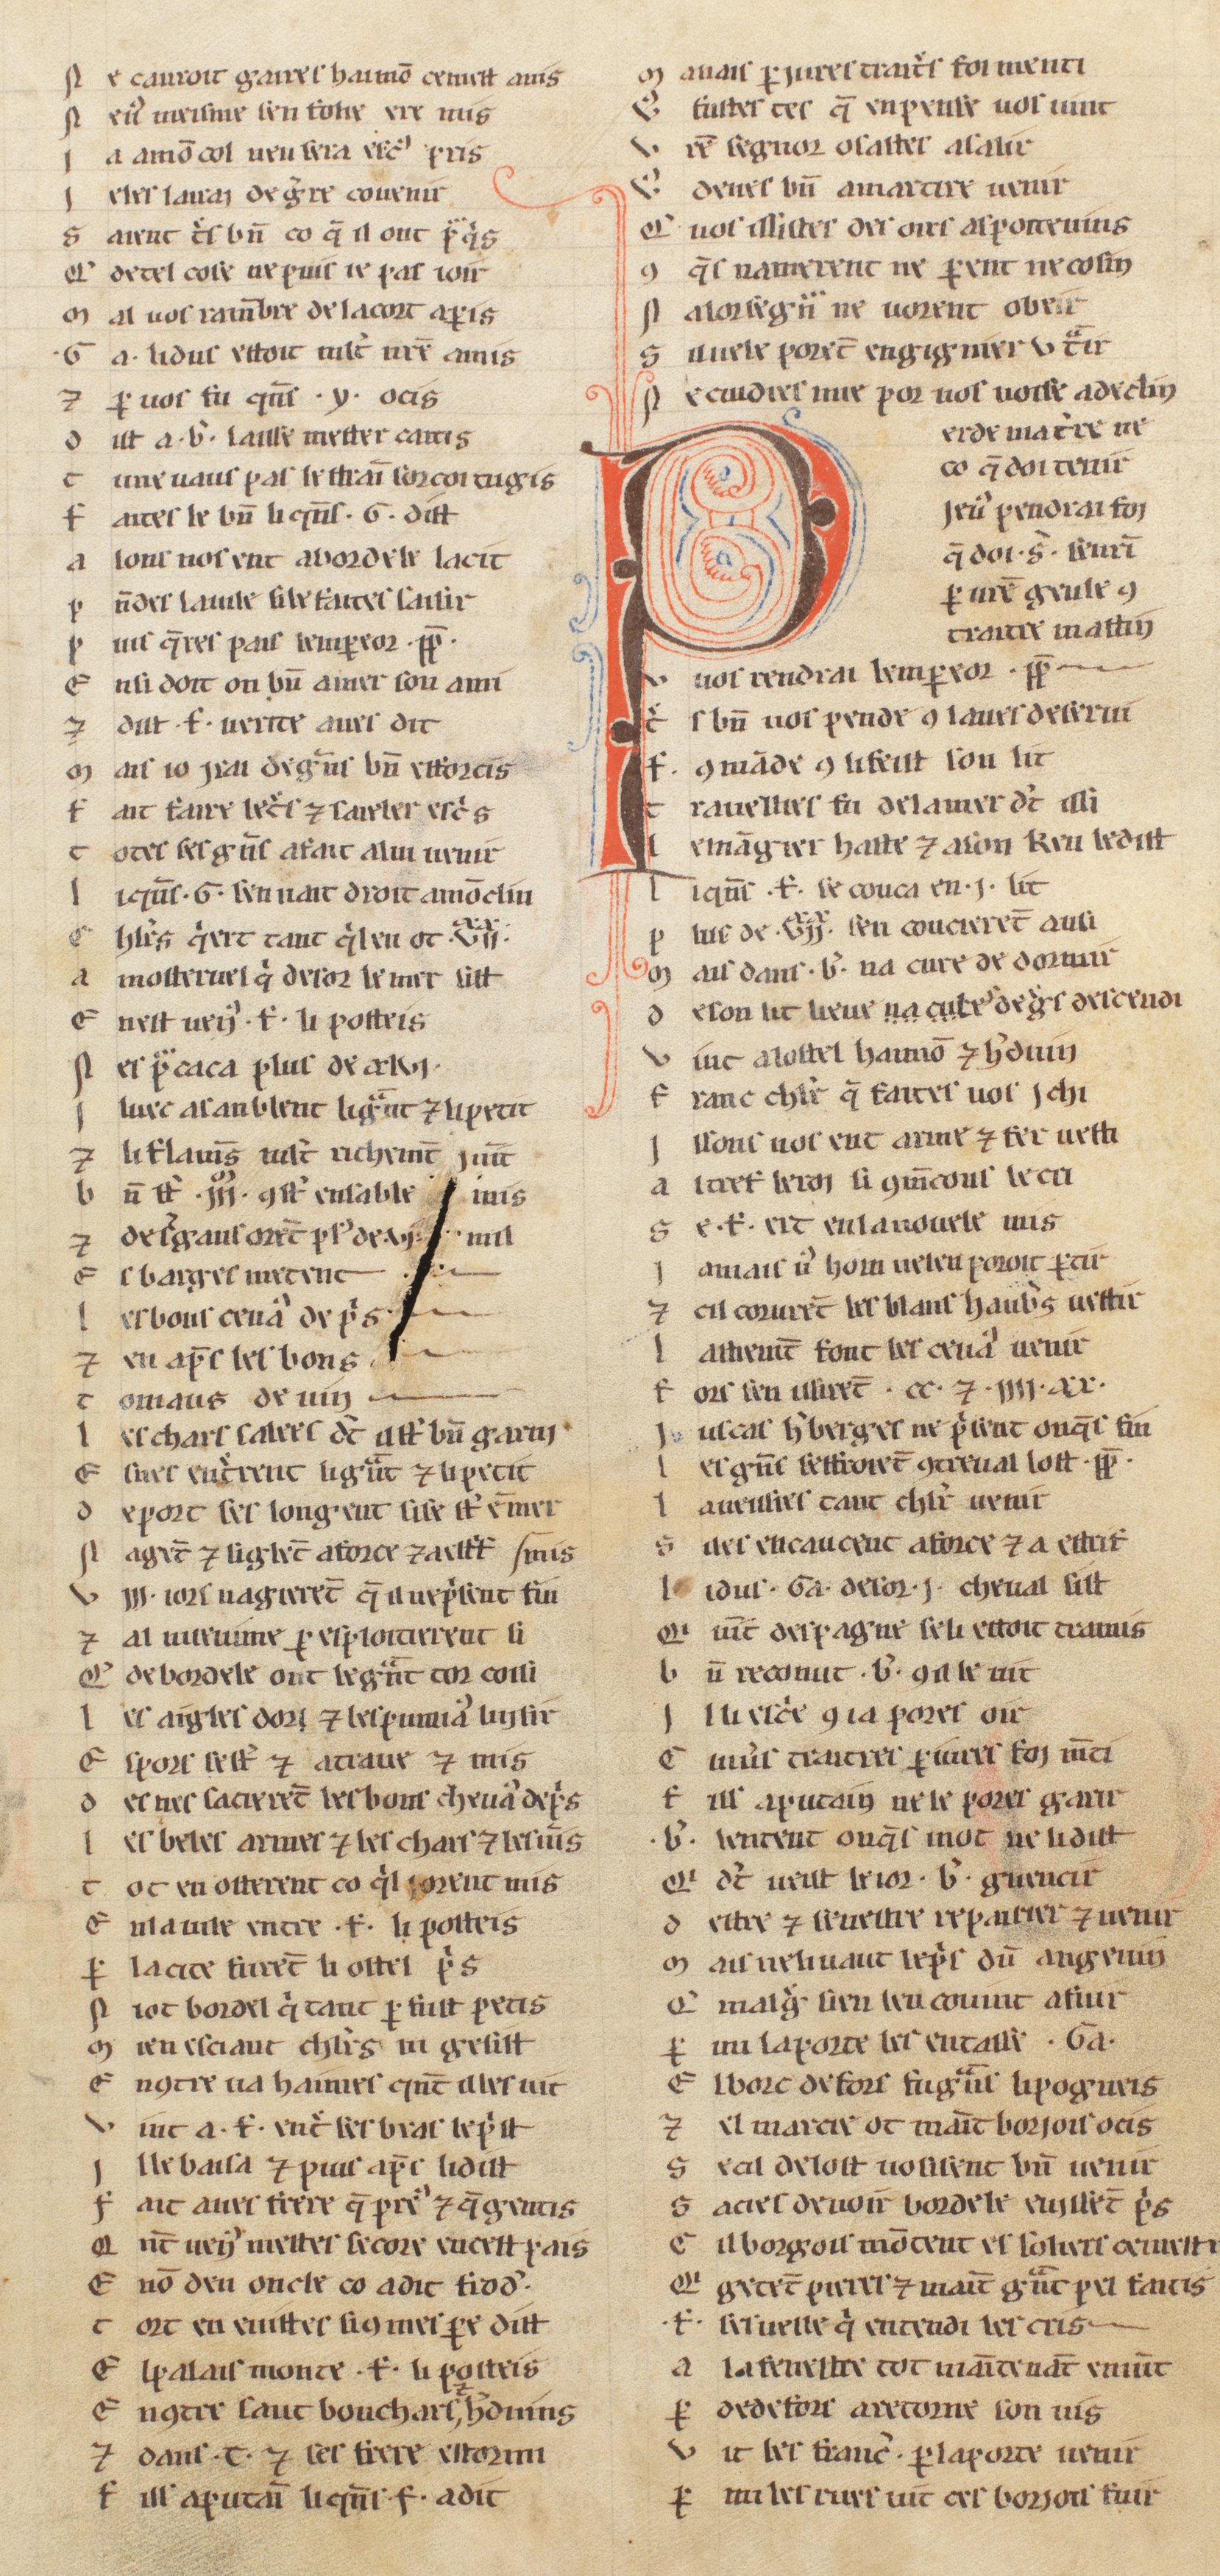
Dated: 1255–1285